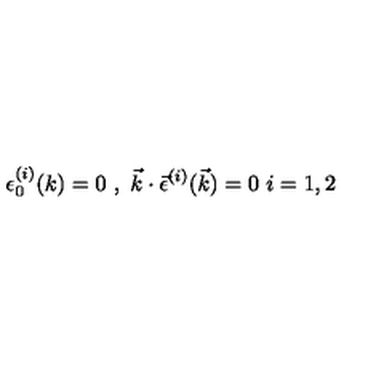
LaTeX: \epsilon _ { 0 } ^ { ( i ) } ( k ) = 0 \ , \ \vec { k } \cdot \vec { \epsilon } ^ { ( i ) } ( \vec { k } ) = 0 \ i = 1 , 2